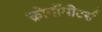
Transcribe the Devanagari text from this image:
क्रोनॉमीटर्स